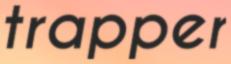
trapper